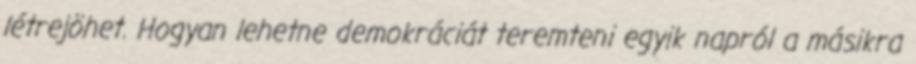
létrejöhet. Hogyan lehetne demokráciát teremteni egyik napról a másikra